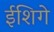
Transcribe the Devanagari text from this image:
ईशिगे